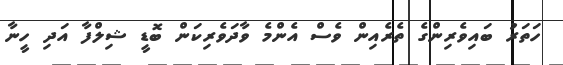
ހަތަރު ބައިވެރިންގެ ތެރެއިން ވެސް އެންމެ ވާދަވެރިކަން ބޮޑީ ޝިލްފާ އަދި ހީނާ